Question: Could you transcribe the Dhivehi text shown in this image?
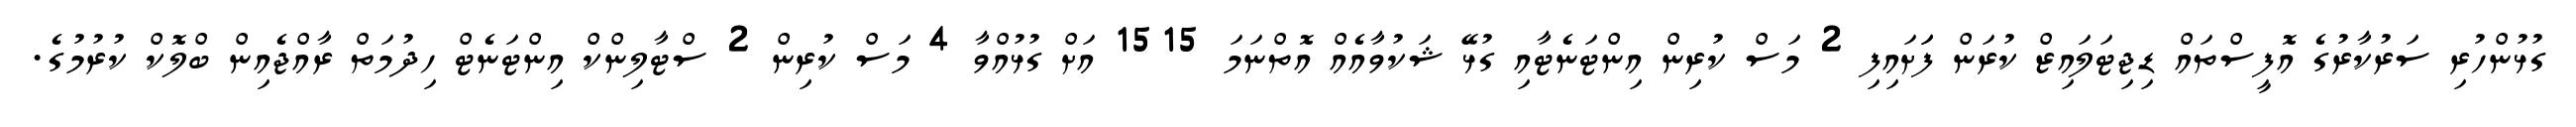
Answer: ގުޅުންހުރި ސަރުކާރުގެ އޮފީސްތައް ޑިޖިޓަލައިޒް ކުރަން ފަަށައިފި 2 މަސް ކުރިން އިންޓަނެޓާއި ގުޅޭ ޝަކުވާއެއް އޮތްނަމަ 1515 އަށް ގުޅުއްވާ 4 މަސް ކުރިން 2 ސްޓާލިންކް އިންޓަނެޓް ހިދުމަތް ރާއްޖެއިން ބްލޮކް ކުރުމުގެ.